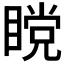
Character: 𰥹